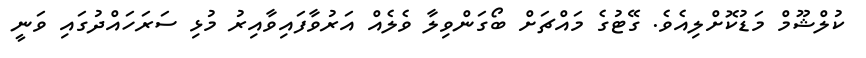
ކުލްޝޫމް މަޑުކޮށްލިއެވެ. ގޭޓުގެ މައްޗަށް ބޯގަންވިލާ ވެލެއް އަރުވާފައިވާއިރު މުޅި ސަރަހައްދުގައި ވަނީ